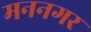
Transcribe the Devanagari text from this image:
मननगर